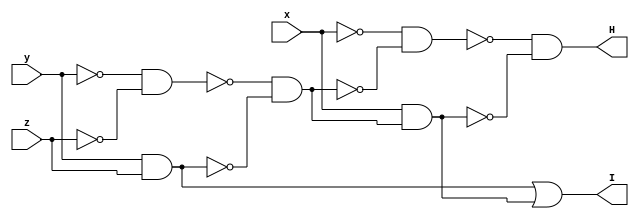
// Benchmark "top" written by ABC on Fri Sep  4 10:02:12 2020

module top ( 
    x, y, z,
    H, I  );
  input  x, y, z;
  output H, I;
  wire new_n6_, new_n7_, new_n8_, new_n9_, new_n10_;
  assign new_n6_ = ~y & ~z;
  assign new_n7_ = y & z;
  assign new_n8_ = ~new_n6_ & ~new_n7_;
  assign new_n9_ = ~x & ~new_n8_;
  assign new_n10_ = x & new_n8_;
  assign H = ~new_n9_ & ~new_n10_;
  assign I = new_n7_ | new_n10_;
endmodule